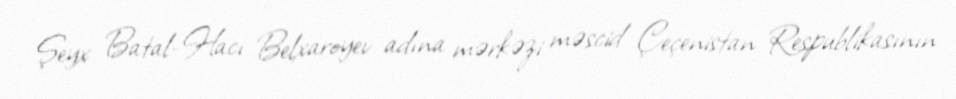
Şeyx Batal-Hacı Belxaroyev adına mərkəzi məscid Çeçenistan Respublikasının